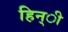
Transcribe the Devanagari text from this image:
हिन्ी